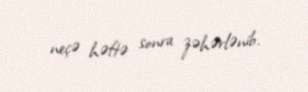
neçə həftə sonra zəhərlənib.